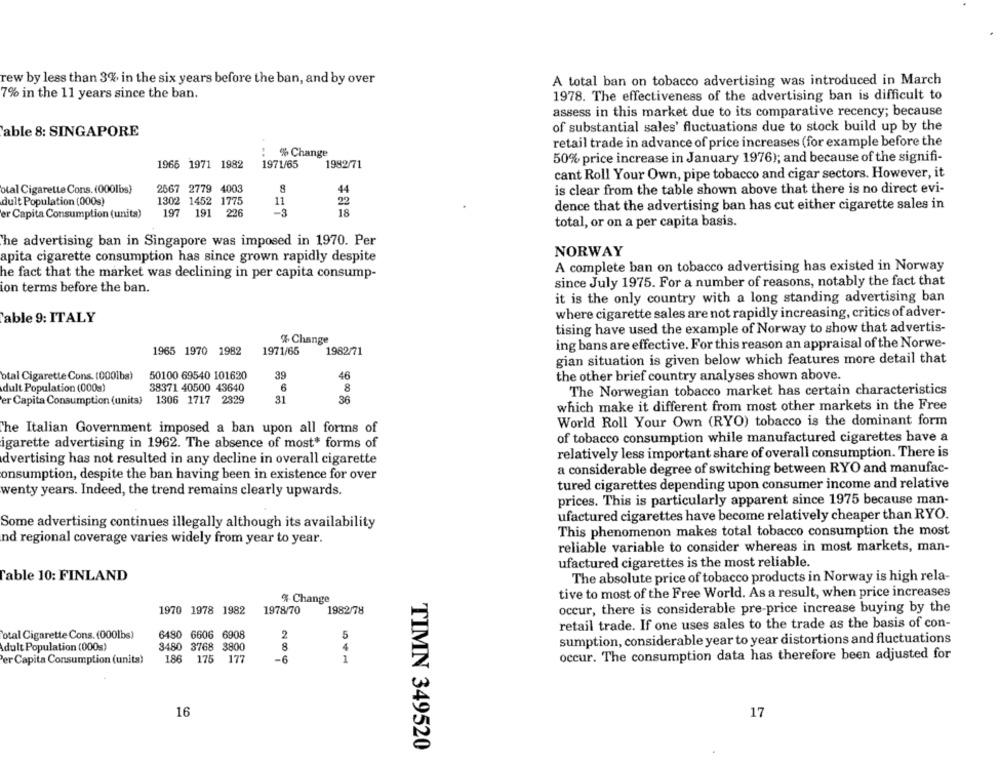
rew by less than 3% in the six years before the ban, and by over
A total ban on tobacco advertising was introduced in March
7% in the 11 years since the ban.
1978. The effectiveness of the advertising ban is difficult to
assess in this market due to its comparative recency; because
of substantial sales' fluctuations due to stock build up by the
able 8: SINGAPORE
retail trade in advance of price increases (for example before the
% Change
50% price increase in January 1976); and because of the signifi-
1966 1971 1982
1971/65
1982/71
cant Roll Your Own, pipe tobacco and cigar sectors. However, it
otal Cigarette Cons. (000lbs)
2567 2779 4003
44
is clear from the table shown above that there is no direct evi-
dult Population (000s)
1302 1452 1775
11
22
dence that the advertising ban has cut either cigarette sales in
er Capita Consumption (units)
197 191 226
-3
18
total, or on a per capita basis.
'he advertising ban in Singapore was imposed in 1970. Per
NORWAY
apita cigarette consumption has since grown rapidly despite
A complete ban on tobacco advertising has existed in Norway
he fact that the market was declining in per capita consump-
since July 1975. For a number of reasons, notably the fact that
ion terms before the ban.
it is the only country with a long standing advertising ban
where cigarette sales are not rapidly increasing, critics of adver-
able 9: ITALY
tising have used the example of Norway to show that advertis-
% Change
ing bans are effective. For this reason an appraisal of the Norwe-
1965 1970 1982
1971/65
1982/71
gian situation is given below which features more detail that
btal Cigarette Cons. (000lba)
50100 69540 101620
99
46
the other brief country analyses shown above.
dult Population (000s)
38371 40500 43640
6
8
The Norwegian tobacco market has certain characteristics
er Capita Consumption (units) 1306 1717 2329
31
36
which make it different from most other markets in the Free
World Roll Your Own (RYO) tobacco is the dominant form
The Italian Government imposed a ban upon all forms of
igarette advertising in 1962. The absence of most* forms of
of tobacco consumption while manufactured cigarettes have a
relatively less important share of overall consumption. There is
dvertising has not resulted in any decline in overall cigarette
a considerable degree of switching between RYO and manufac-
onsumption, despite the ban having been in existence for over
tured cigarettes depending upon consumer income and relative
wenty years. Indeed, the trend remains clearly upwards.
prices. This is particularly apparent since 1975 because man-
ufactured cigarettes have become relatively cheaper than RYO.
Some advertising continues illegally although its availability
This phenomenon makes total tobacco consumption the most
nd regional coverage varies widely from year to year.
reliable variable to consider whereas in most markets, man-
ufactured cigarettes is the most reliable.
Table 10: FINLAND
The absolute price of tobacco products in Norway is high rela-
tive to most of the Free World. As a result, when price increases
% Change
1970 1978 1982
1978/70
1982/78
occur, there is considerable pre-price increase buying by the
retail trade. If one uses sales to the trade as the basis of con-
Total Cigarette Cons. (000lbs)
6480 6606 6908
2
5
sumption, considerable year to year distortions and fluctuations
dult Population (000s)
3480
3768 3800
8
4
occur. The consumption data has therefore been adjusted for
Per Capita Consumption (units)
186
175
177
-6
16
17
TIMN 349520